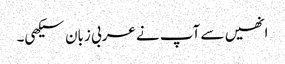
انھیں سے آپ نے عربی زبان سیکھی۔